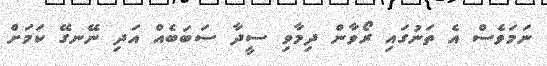
ނަމަވެސް އެ ތަނުގައި ރޯވާން ދިމާވި ސީދާ ސަބަބެއް އަދި ނޭނގޭ ކަމަށް